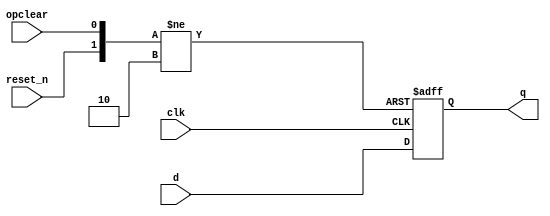
module _dff_4_ro(clk, reset_n, opclear, d, q);
	input clk, reset_n, opclear;
	input [3:0] d;
	output reg [3:0] q;
	
	always@ (posedge clk or negedge reset_n or posedge opclear)
	begin
		if(reset_n == 0) q <= 4'b0;
		else if(opclear == 1) q <= 4'b0;
		else q <= d;
	end
endmodule